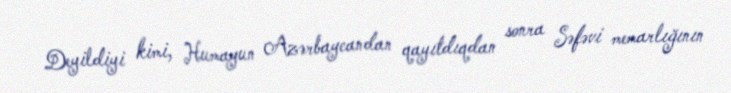
Deyildiyi kimi, Humayun Azərbaycandan qayıtdıqdan sonra Səfəvi memarlığının